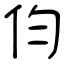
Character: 伨